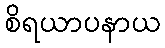
စိရယာပနာယ